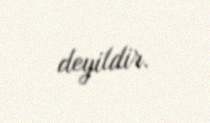
deyildir.